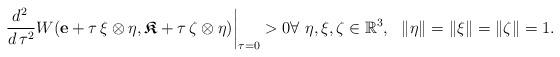
LaTeX: \begin{align*}\frac{d^2\, }{d\, \tau^2}W(\mathbf{e} + \tau \, \xi \otimes \eta, \boldsymbol{\mathfrak{K}} + \tau \, \zeta\otimes \eta)\bigg|_{\tau=0}>0 \forall\ \eta, \xi, \zeta \in \mathbb{R}^3, \ \ \lVert \eta\rVert=\lVert \xi\rVert=\lVert \zeta\rVert=1.\end{align*}